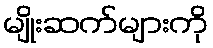
မျိုးဆက်များကို